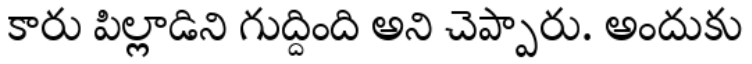
కారు పిల్లాడిని గుద్దింది అని చెప్పారు. అందుకు